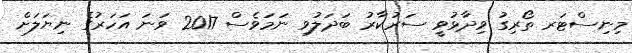
މިނިސްޓަރ ތޯރިގު ވިދާޅުވީ ސަރުކާރު ބަދަލުވި ނަމަވެސް 2017 ވަނަ އަހަރުގެ ނިޔަލަށް